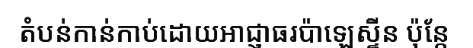
តំបន់កាន់កាប់ដោយអាជ្ញាធរប៉ាឡេស្ទីន ប៉ុន្តែ